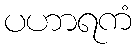
ပဟာရကံ